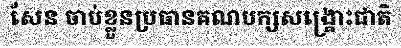
សែន ចាប់ខ្លួនប្រធានគណបក្សសង្គ្រោះជាតិ